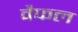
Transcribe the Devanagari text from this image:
वैफल